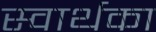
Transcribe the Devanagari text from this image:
स्वार्थका